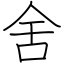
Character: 舍